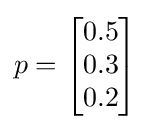
p={\begin{bmatrix}0.5\\0.3\\0.2\end{bmatrix}}